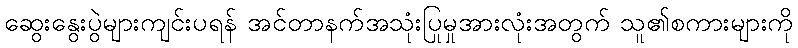
ဆွေးနွေးပွဲများကျင်းပရန် အင်တာနက်အသုံးပြုမှုအားလုံးအတွက် သူ၏စကားများကို